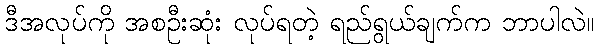
ဒီအလုပ်ကို အစဦးဆုံး လုပ်ရတဲ့ ရည်ရွယ်ချက်က ဘာပါလဲ။